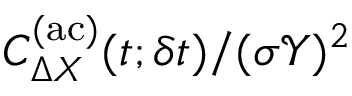
C _ { \Delta X } ^ { \mathrm { ( a c ) } } ( t ; \delta t ) / ( \sigma \mathcal { Y } ) ^ { 2 }